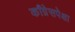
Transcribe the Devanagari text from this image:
काँग्रेसपेक्षा